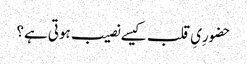
حضورِیِ قلب کیسے نصیب ہوتی ہے؟